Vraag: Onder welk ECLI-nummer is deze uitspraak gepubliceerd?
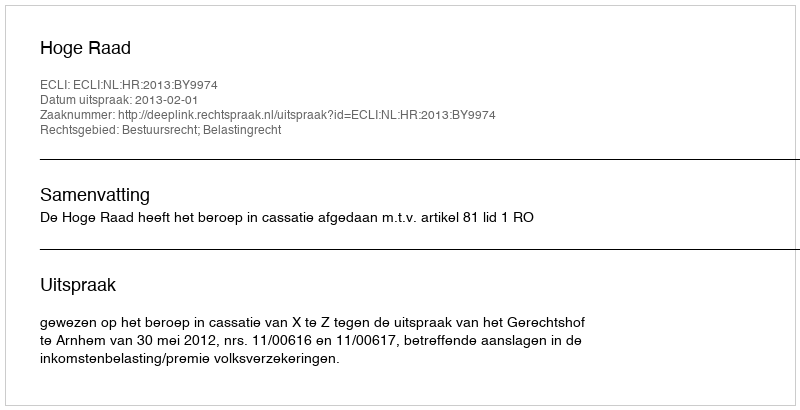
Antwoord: ECLI:NL:HR:2013:BY9974